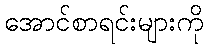
အောင်စာရင်းများကို